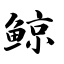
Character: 鲸